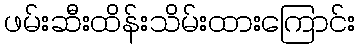
ဖမ်းဆီးထိန်းသိမ်းထားကြောင်း